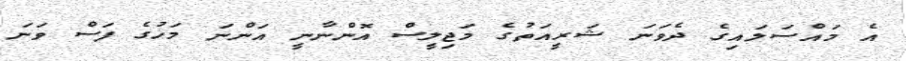
އެ މައްސަލައިގެ ދެވަނަ ޝަރީއަތުގެ މަޖިލީސް އޮންނާނީ އަންނަ މަހުގެ ފަސް ވަނަ